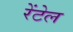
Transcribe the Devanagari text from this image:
रेंटेल